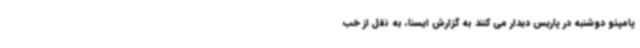
پامپئو دوشنبه در پاریس دیدار می کنند به گزارش ایسنا، به نقل از خب